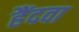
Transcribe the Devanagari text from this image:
हैंदवा